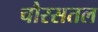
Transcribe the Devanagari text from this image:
चौरसतल